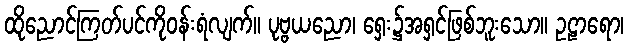
ထိုညောင်ကြတ်ပင်ကိုဝန်းရံလျက်။ ပုဗ္ဗယညော၊ ရှေး၌အရှင်ဖြစ်ဘူးသော။ ဥဠာရော၊